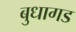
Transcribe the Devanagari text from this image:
बुधागड